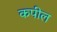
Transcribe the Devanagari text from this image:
कपील